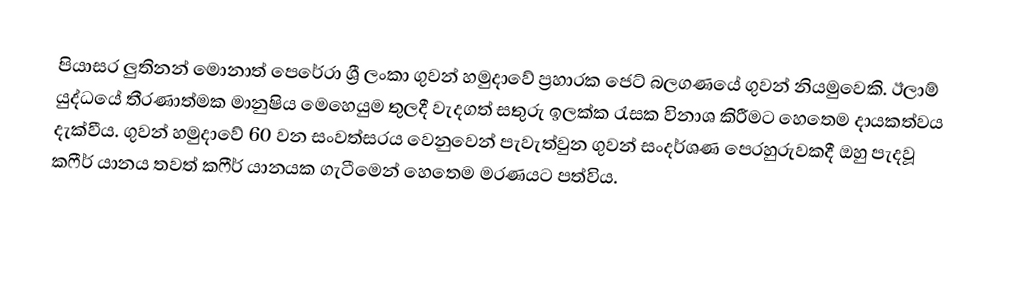
පියාසර ලුතිනන් මොනාත් පෙරේරා ශ්‍රී ලංකා ගුවන් හමුදාවේ ප්‍රහාරක ජෙට් බලගණයේ ගුවන් නියමුවෙකි. ඊලාම් යුද්ධයේ තීරණාත්මක මානුෂිය මෙහෙයුම තුලදී වැදගත් සතුරු ඉලක්ක රැසක විනාශ කිරීමට හෙතෙම දායකත්වය දැක්වීය. ගුවන් හමුදාවේ 60 වන සංවත්සරය වෙනුවෙන් පැවැත්වුන ගුවන් සංදර්ශණ පෙරහුරුවකදී ඔහු පැදවූ කෆීර් යානය තවත් කෆීර් යානයක ගැටීමෙන් හෙතෙම මරණයට පත්විය.